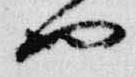
也